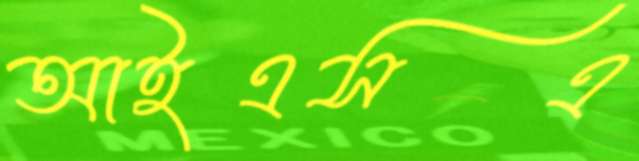
আইএসএ